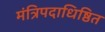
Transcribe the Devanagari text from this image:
मंत्रिपदाधिष्ठित